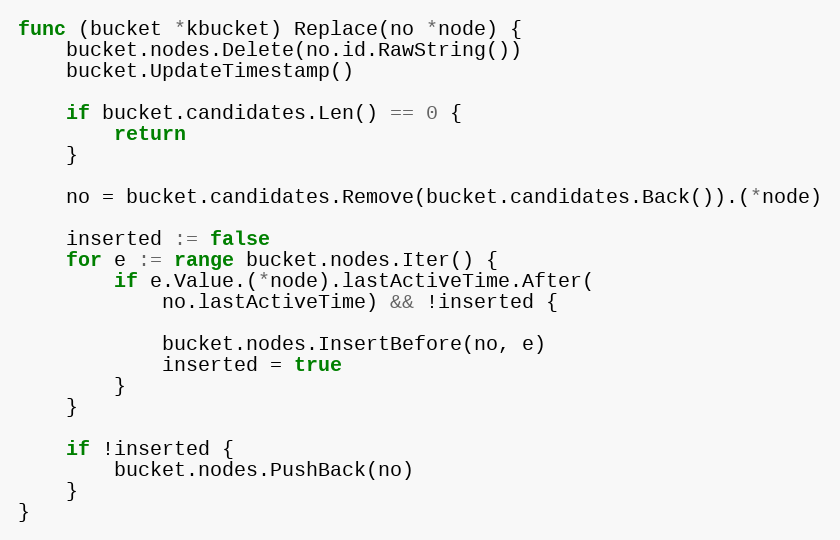
Language: Go
func (bucket *kbucket) Replace(no *node) {
	bucket.nodes.Delete(no.id.RawString())
	bucket.UpdateTimestamp()

	if bucket.candidates.Len() == 0 {
		return
	}

	no = bucket.candidates.Remove(bucket.candidates.Back()).(*node)

	inserted := false
	for e := range bucket.nodes.Iter() {
		if e.Value.(*node).lastActiveTime.After(
			no.lastActiveTime) && !inserted {

			bucket.nodes.InsertBefore(no, e)
			inserted = true
		}
	}

	if !inserted {
		bucket.nodes.PushBack(no)
	}
}